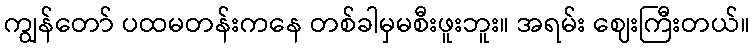
ကျွန်တော် ပထမတန်းကနေ တစ်ခါမှမစီးဖူးဘူး။ အရမ်း ဈေးကြီးတယ်။